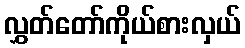
လွှတ်တော်ကိုယ်စားလှယ်